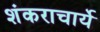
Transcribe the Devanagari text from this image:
शंकराचार्ये